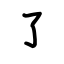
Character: ㇌